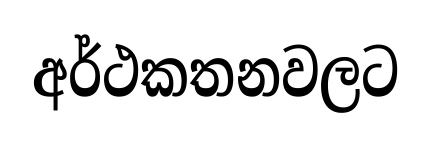
අර්ථකතනවලට